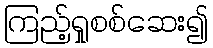
ကြည့်ရှုစစ်ဆေး၍